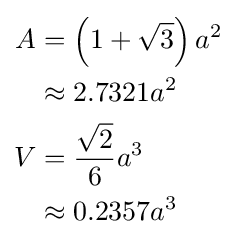
{\begin{aligned}A&=\left(1+{\sqrt {3}}\right)a^{2}\\&\approx 2.7321a^{2}\\V&={\frac {\sqrt {2}}{6}}a^{3}\\&\approx 0.2357a^{3}\end{aligned}}